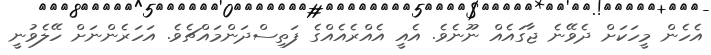
އެހެން މީހަކަށް ދެވޭނެ ޖާގައެއް ނޫނެވެ. އެއީ އެއްރެއެއްގެ ފަތިސްދަންމައްޗެވެ. އަަހަރެންނަށް ހޭލެވުނީ